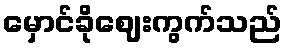
မှောင်ခိုဈေးကွက်သည်